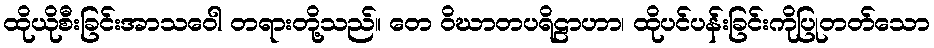
ထိုယိုစီးခြင်းအာသဝေါ တရားတို့သည်။ တေ ဝိဃာတပရိဠာဟာ၊ ထိုပင်ပန်းခြင်းကိုပြုတတ်သော